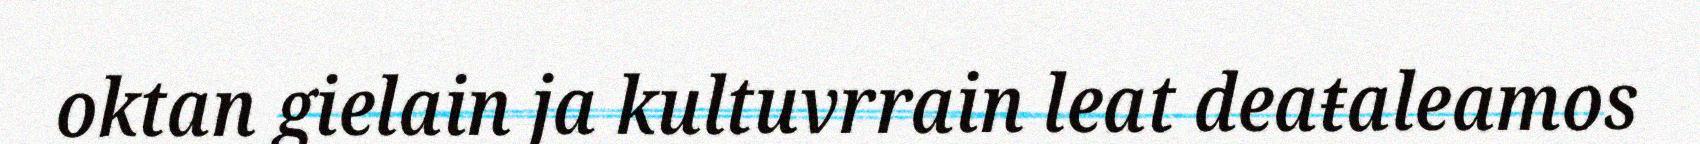
oktan gielain ja kultuvrrain leat deaŧaleamos